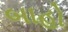
બાહો